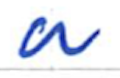
Text: a
Cross-out: clean
Writing tool: ballpoint